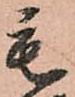
毛